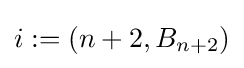
i:=\left(n+2,B_{n+2}\right)